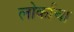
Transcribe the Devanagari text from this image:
लोर्काचा